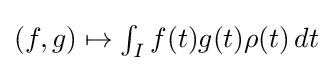
{\textstyle (f,g)\mapsto \int _{I}f(t)g(t)\rho (t)\,dt}